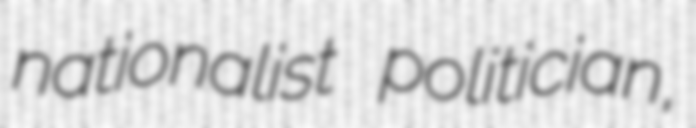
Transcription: nationalist politician,